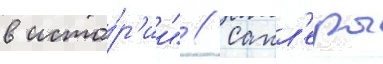
в исто́р'ии" // Сакл'еры